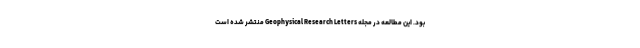
بود. این مطالعه در مجله Geophysical Research Letters منتشر شده است